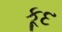
કૂદ